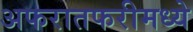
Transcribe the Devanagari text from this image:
अफरातफरीमध्ये